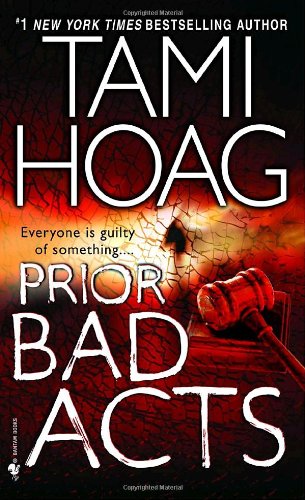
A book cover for Prior Bad Acts (Sam Kovac and Nikki Liska); Tami Hoag; Mystery, Thriller & Suspense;